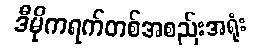
ဒီမိုကရက်တစ်အစည်းအရုံး